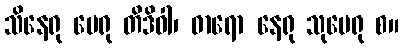
သိနေရု မေရု တိဒိဝါ၊ ဓာရော နေရု သုမေရု စ။